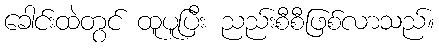
ခေါင်းထဲတွင် ထူပူပြီး ညည်းစီစီဖြစ်လာသည်။